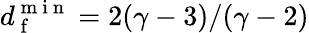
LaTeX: d_{\mathrm{~f~}}^{\mathrm{~m~i~n~}}=2(\gamma-3)/(\gamma-2)